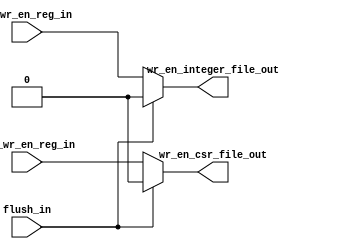
module rv32_wr_en_generator (
    input flush_in,
    input rf_wr_en_reg_in,
    input csr_wr_en_reg_in,
    output wire wr_en_integer_file_out,
    output wire wr_en_csr_file_out
);

    assign wr_en_csr_file_out     = flush_in ? 0 : csr_wr_en_reg_in;
    assign wr_en_integer_file_out = flush_in ? 0 : rf_wr_en_reg_in;

endmodule